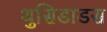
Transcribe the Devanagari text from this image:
थुसिडाडस